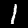
Label: 1